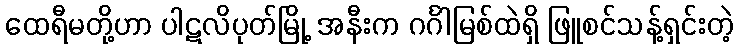
ထေရီမတို့ဟာ ပါဋလိပုတ်မြို့ အနီးက ဂင်္ဂါမြစ်ထဲရှိ ဖြူစင်သန့်ရှင်းတဲ့